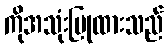
ကိုအသုံးပြုထားသည်